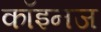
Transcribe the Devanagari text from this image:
कॉइनज